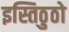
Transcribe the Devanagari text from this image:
इस्तिठुठो